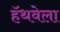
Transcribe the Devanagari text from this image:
हॅथवेला